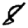
Digit: 8